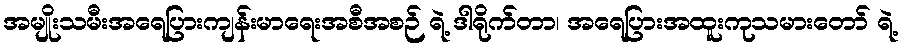
အမျိုးသမီးအရေပြားကျန်းမာရေးအစီအစဉ် ရဲ့ ဒါရိုက်တာ၊ အရေပြားအထူးကုသမားတော် ရဲ့